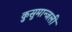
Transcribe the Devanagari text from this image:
कुसुमान्जली